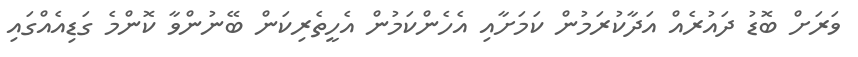
ވަރަށް ބޮޑު ދައުރެއް އަދާކުރަމުން ކަމަށާއި އެހެންކަމުން އެހީތެރިކަން ބޭނުންވާ ކޮންމެ ގަޑިއެއްގައި